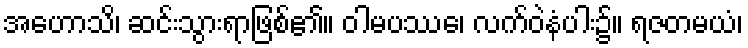
အဟောသိ၊ ဆင်းသွားရာဖြစ်၏။ ဝါမပဿေ၊ လက်ဝဲနံပါး၌။ ရဇတမယံ၊